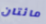
مائتان